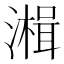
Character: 𰝒